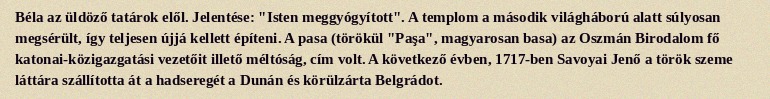
Béla az üldöző tatárok elől. Jelentése: "Isten meggyógyított". A templom a második világháború alatt súlyosan megsérült, így teljesen újjá kellett építeni. A pasa (törökül "Paşa", magyarosan basa) az Oszmán Birodalom fő katonai-közigazgatási vezetőit illető méltóság, cím volt. A következő évben, 1717-ben Savoyai Jenő a török szeme láttára szállította át a hadseregét a Dunán és körülzárta Belgrádot.